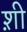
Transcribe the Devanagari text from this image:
श़ी